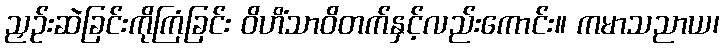
ညှဉ်းဆဲခြင်းကိုကြံခြင်း ဝိဟိံသာဝိတက်နှင့်လည်းကောင်း။ ကမာသညာယ၊